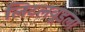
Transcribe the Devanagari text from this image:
लिटलवूडला